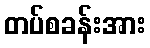
တပ်စခန်းအား